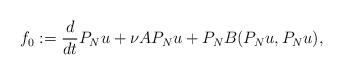
LaTeX: \begin{align*} f_0:=\frac{d}{dt}P_Nu+\nu AP_Nu+P_NB (P_Nu,P_Nu), \end{align*}